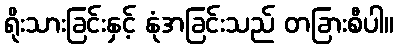
ရိုးသားခြင်းနှင့် နုံအခြင်းသည် တခြားစီပါ။